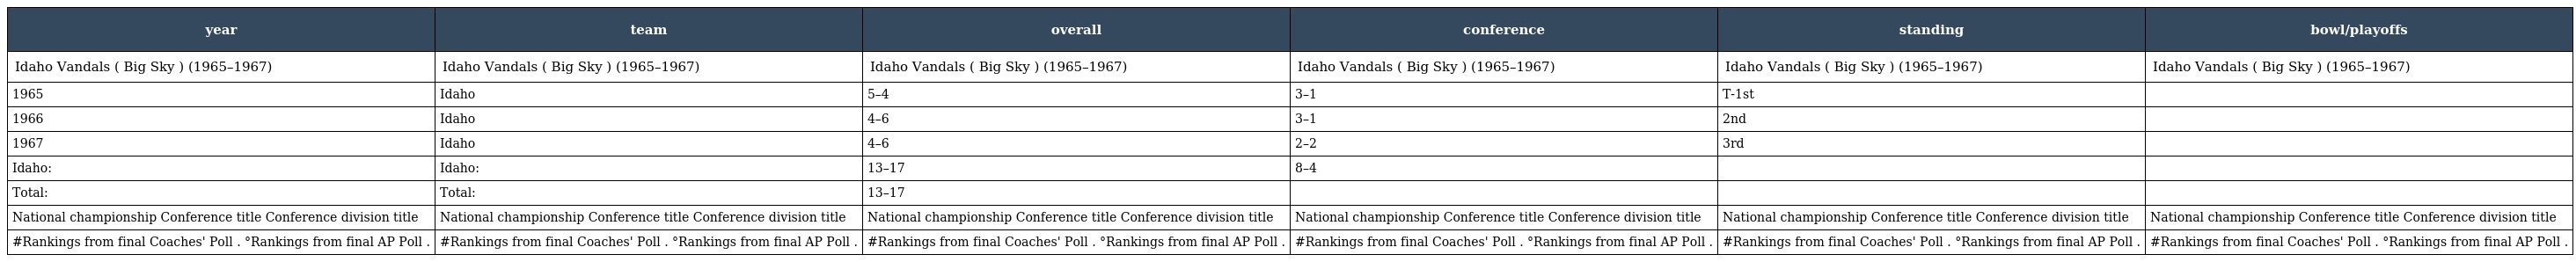
| year | team | overall | conference | standing | bowl/playoffs |
 | --- | --- | --- | --- | --- | --- |
 | Idaho Vandals ( Big Sky ) (1965–1967) | Idaho Vandals ( Big Sky ) (1965–1967) | Idaho Vandals ( Big Sky ) (1965–1967) | Idaho Vandals ( Big Sky ) (1965–1967) | Idaho Vandals ( Big Sky ) (1965–1967) | Idaho Vandals ( Big Sky ) (1965–1967) |
 | 1965 | Idaho | 5–4 | 3–1 | T-1st |  |
 | 1966 | Idaho | 4–6 | 3–1 | 2nd |  |
 | 1967 | Idaho | 4–6 | 2–2 | 3rd |  |
 | Idaho: | Idaho: | 13–17 | 8–4 |  |  |
 | Total: | Total: | 13–17 |  |  |  |
 | National championship Conference title Conference division title | National championship Conference title Conference division title | National championship Conference title Conference division title | National championship Conference title Conference division title | National championship Conference title Conference division title | National championship Conference title Conference division title |
 | #Rankings from final Coaches' Poll . °Rankings from final AP Poll . | #Rankings from final Coaches' Poll . °Rankings from final AP Poll . | #Rankings from final Coaches' Poll . °Rankings from final AP Poll . | #Rankings from final Coaches' Poll . °Rankings from final AP Poll . | #Rankings from final Coaches' Poll . °Rankings from final AP Poll . | #Rankings from final Coaches' Poll . °Rankings from final AP Poll . |